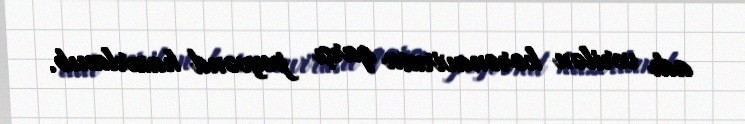
adı verilən koronavirusa qarşı peyvənd hazırlanıb.